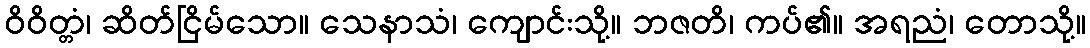
ဝိဝိတ္တံ၊ ဆိတ်ငြိမ်သော။ သေနာသံ၊ ကျောင်းသို့။ ဘဇတိ၊ ကပ်၏။ အရညံ၊ တောသို့။